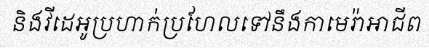
និងវីដេអូប្រហាក់ប្រហែលទៅនឹងកាមេរ៉ាអាជីព